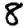
Digit: 8